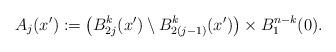
LaTeX: \begin{align*} A_j(x') := \left(B^k_{2j}(x') \setminus B^k_{2(j-1)}(x')\right) \times B^{n-k}_1(0).\end{align*}